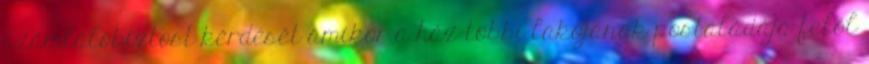
számlálóbiztost kérdését amikor a ház többi lakójának postaládája felől